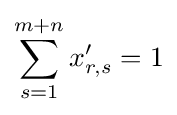
\sum _{s=1}^{m+n}{x'_{r,s}}=1